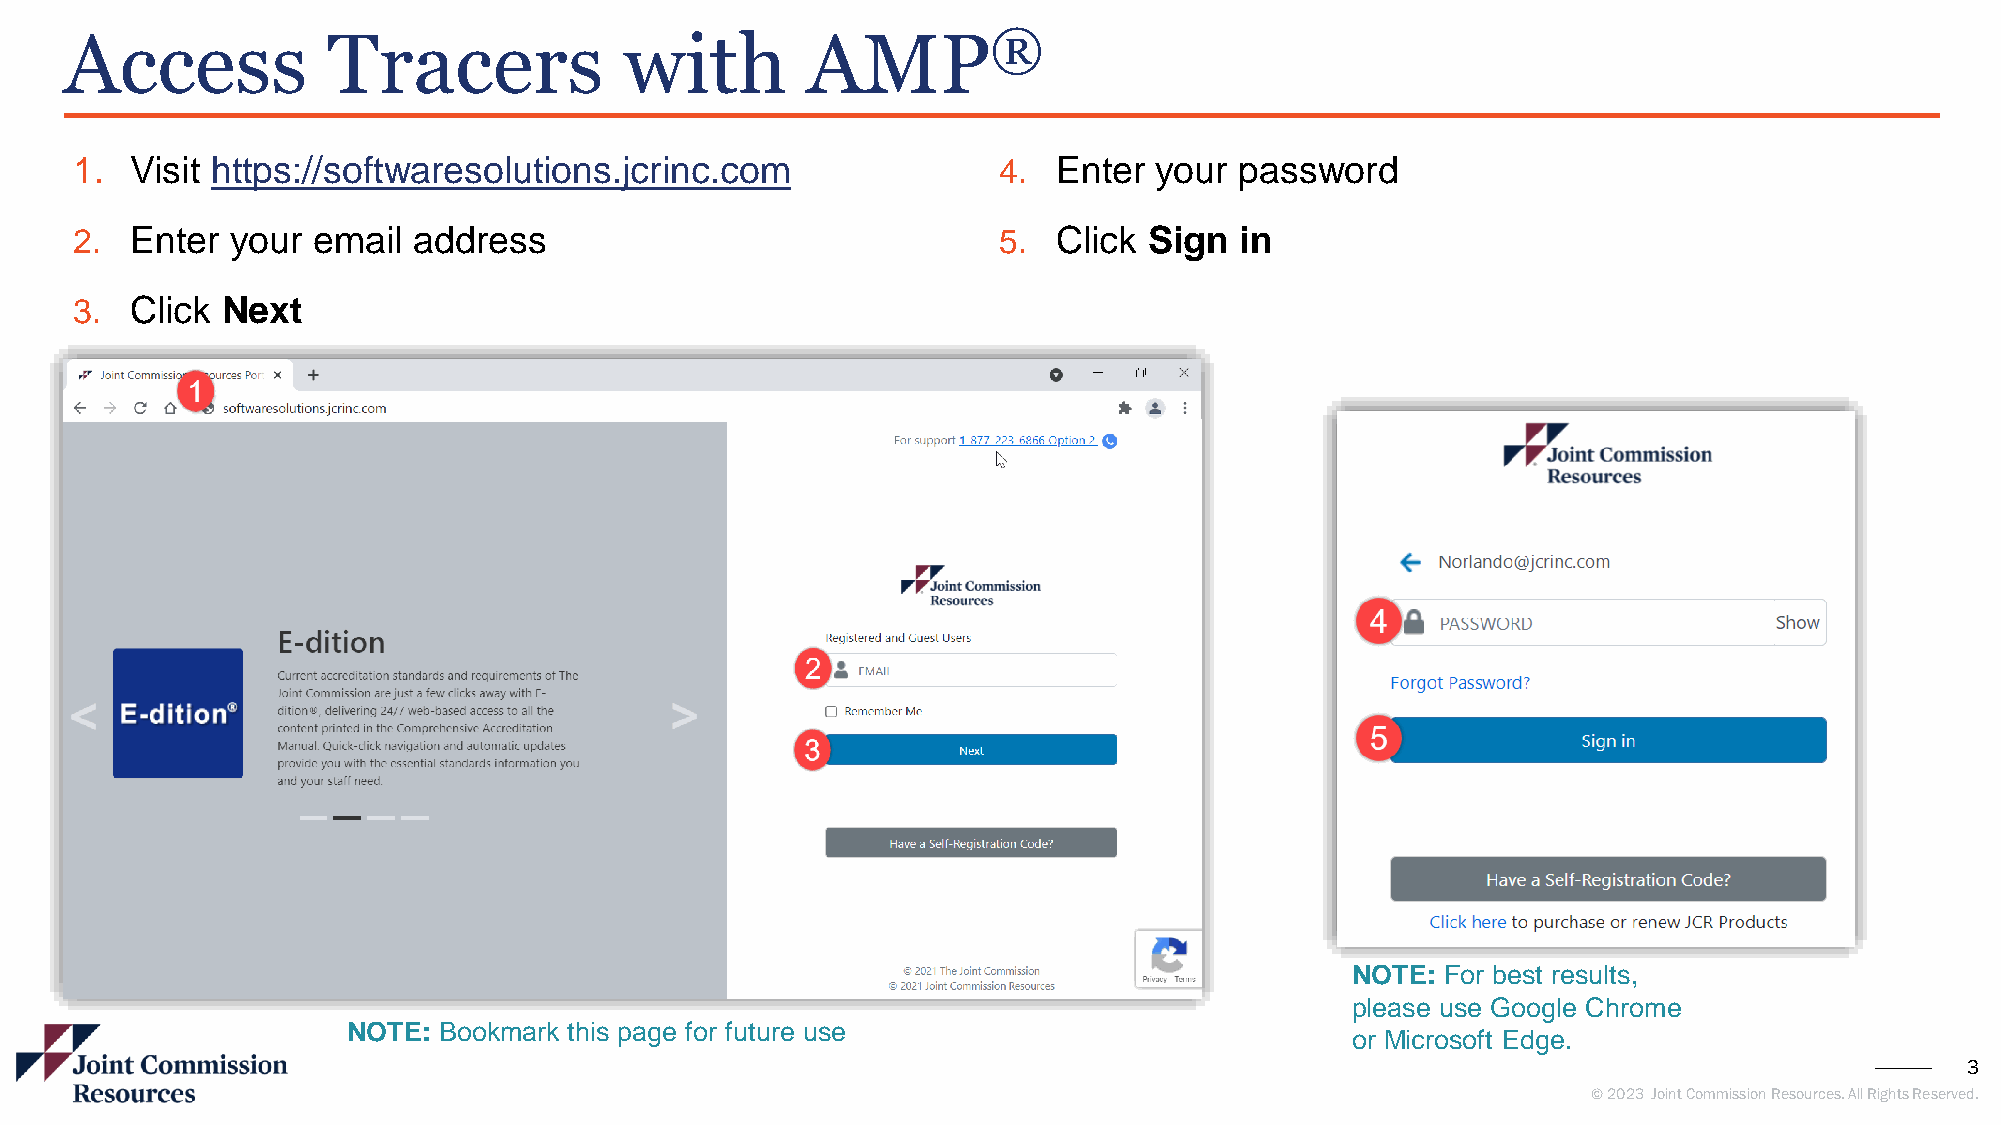
Access            Tracers            with        AMP®
 1.  Visit https://softwaresolutions.jcrinc.com               4.  Enter your  password
 2.  Enter your  email address                                5.  Click Sign  in
 3.  Click Next
 NOTE:  For best results,
 please use Google Chrome
 NOTE: Bookmark this page for future use
 or Microsoft Edge.
 3
 © 2023 Joint Commission Resources. All Rights Reserved.